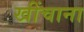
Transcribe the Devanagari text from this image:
खींचाना